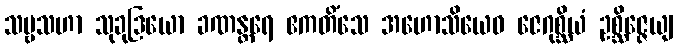
သဗ္ဗသဟာ သုခုဒြယော ခဏန္တရေ ဧကတိံသေ အဟောသိယေဝ ဇေဂုစ္ဆိယံ ဥစ္ဆိဇ္ဇေယျ